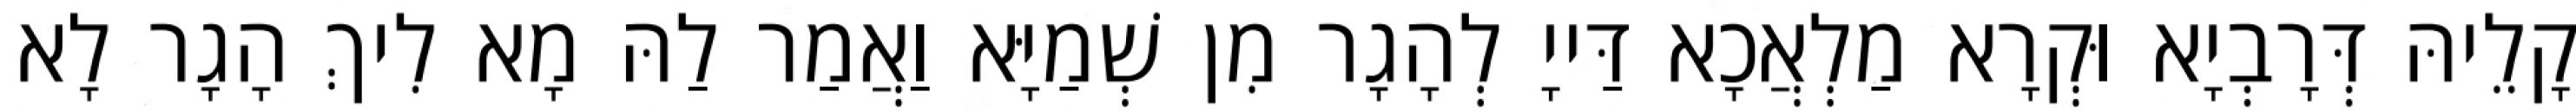
קָלֵיהּ דְּרָבְיָא וּקְרָא מַלְאֲכָא דַּייָ לְהָגָר מִן שְׁמַיָּא וַאֲמַר לַהּ מָא לִיךְ הָגָר לָא